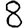
Digit: 8